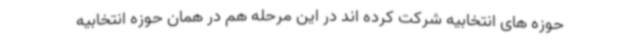
حوزه های انتخابیه شرکت کرده اند در این مرحله هم در همان حوزه انتخابیه